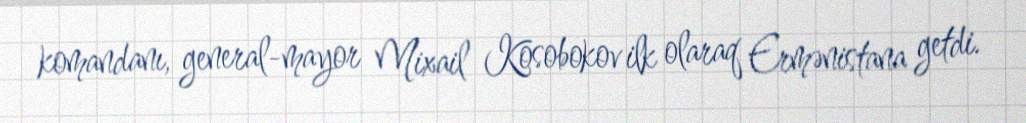
komandanı, general-mayor Mixail Kosobokov ilk olaraq Ermənistana getdi.